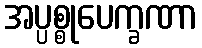
အပ္ပစ္စုပေက္ခဏာ